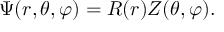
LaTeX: \Psi ( r , \theta , \varphi ) = R ( r ) Z ( \theta , \varphi ) .